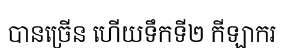
បានច្រើន ហើយទឹកទី២ កីឡាករ